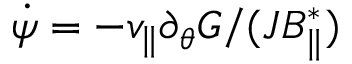
\dot { \psi } = - v _ { \| } \partial _ { \theta } G / ( { \cal J } B _ { \| } ^ { * } )